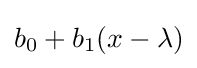
b_{0}+b_{1}(x-\lambda )